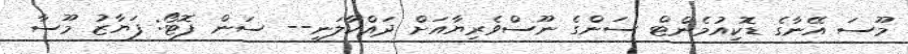
މޫސަ އޭނާގެ ޑޮކިއުމެންޓް ސަންގެ ނޫސްވެރިޔާއަށް ދައްކާލަނީ-- ސަން ފޮޓޯ: ފަޔާޒު މޫސާ